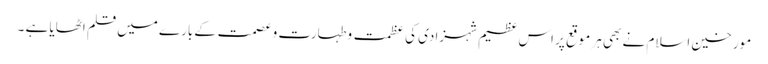
مورخین اسلام نے بھی ہر موقع پر اس عظیم شہزادی کی عظمت وطہارت و عصمت کے بارے میں قلم اٹھایا ہے ۔